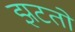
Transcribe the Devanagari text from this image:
झटतो